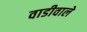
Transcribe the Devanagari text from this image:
वाडीवाले